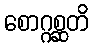
စောဂ္ဂစ္ဆတိ